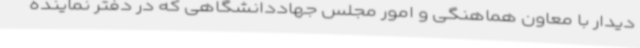
دیدار با معاون هماهنگی و امور مجلس جهاددانشگاهی که در دفتر نماینده